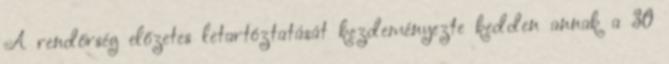
A rendőrség előzetes letartóztatását kezdeményezte kedden annak a 30